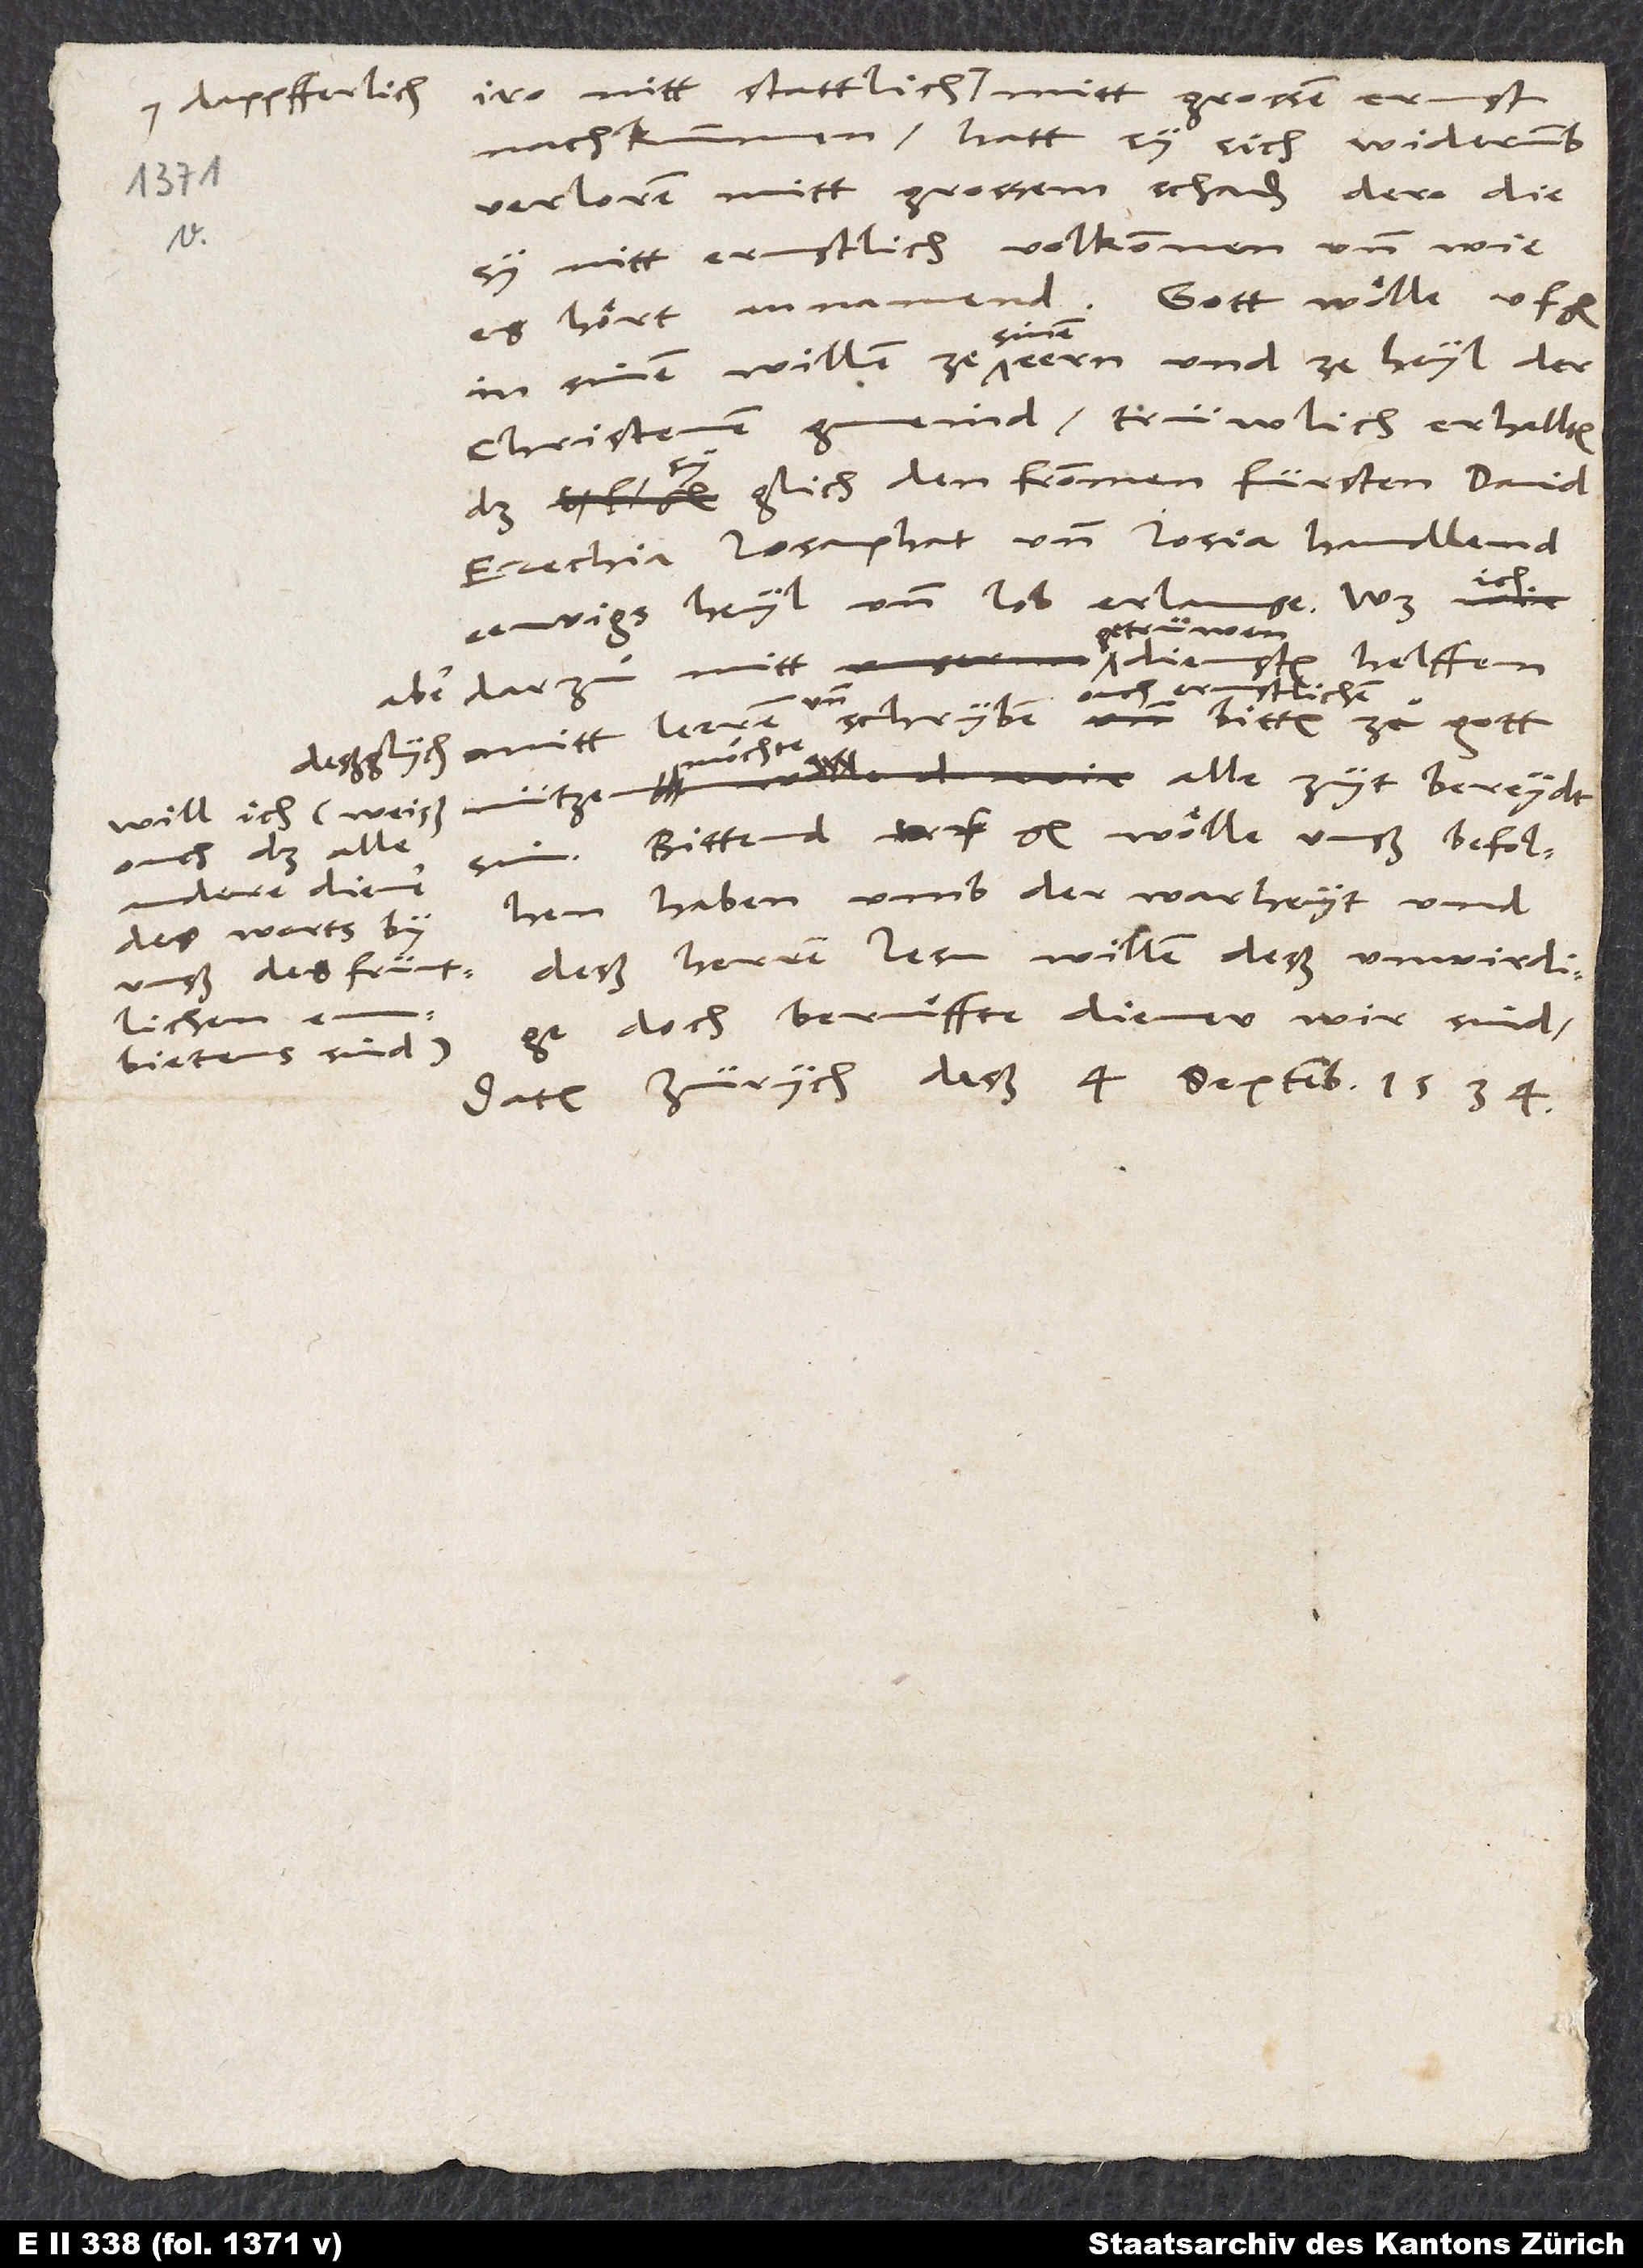
iro nitt stattlich, dappferlich mitt grossem ernst
nachkummen, hatt sy sich widerumb
verloren mitt grossem schaden dero, die
sy nitt ernstlich, volkommen, und wie
es hört, annamend. Gott wölle u. f.
sinem
in sinem willen, ze sinen eern und ze heyl der
christenen gmeind trüwlich erhallten,
sy glich den frommen fürsten David,
Ezechia, Josaphat und Josia handlend
eewigs heyl und lob erlange. Was
aber darzuͦ mitt getrüwen diensten helffen,
ouch ernstlichem
möchte,
sin. Bittend, u.f.g. wölle unß befolhen
ouch, daß alle
andere diener
und deß herren Jesu willen, deß unwirdige,
doch beruͤffte diener wir sind.
Datum Zürych, deß 4. septemb 1534.